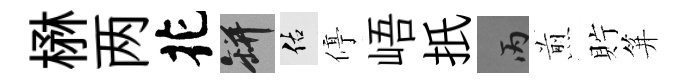
楙两花瓶佑停峿扺丙煎貯笄